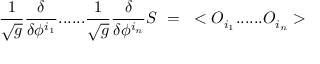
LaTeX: { \frac { 1 } { \sqrt { g } } } { \frac { \delta } { \delta \phi ^ { i _ { 1 } } } } . . . . . . { \frac { 1 } { \sqrt { g } } } { \frac { \delta } { \delta \phi ^ { i _ { n } } } } S ~ = ~ < O _ { i _ { 1 } } . . . . . . O _ { i _ { n } } >